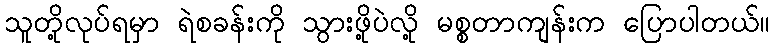
သူတို့လုပ်ရမှာ ရဲစခန်းကို သွားဖို့ပဲလို့ မစ္စတာကျန်းက ပြောပါတယ်။